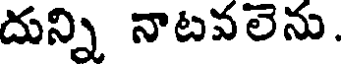
దున్ని నాటవలెను.